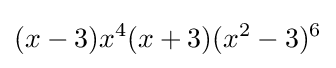
(x-3)x^{4}(x+3)(x^{2}-3)^{6}